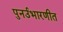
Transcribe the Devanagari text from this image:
पुनर्उभारणीत